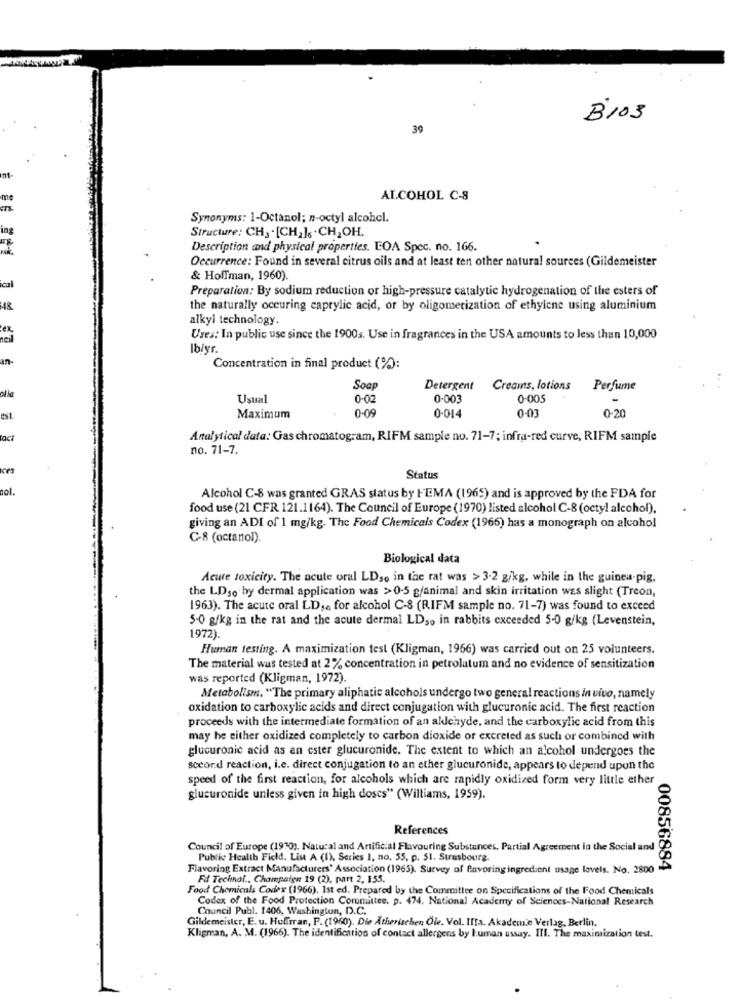
B103
39
Int-
me
ALCOHOL C-8
ITS.
Synonyms: 1-Octanol; n-octyl alcohcl.
ing
Structure: CH, . [CH,]6 .CH, OH.
Description and physical properties. EOA Spec. no. 166.
Occurrence: Found in several citrus oils and at least ten other natural sources (Gildemeister
& Hoffman, 1960).
ical
Preparation: By sodium reduction or high-pressure catalytic hydrogenation of the esters of
48
the naturally occuring caprylic acid, or by oligomerization of ethylene using aluminium
alkyl technology.
Uses: In public use since the 1900s. Use in fragrances in the USA amounts to less than 10,000
Iblyr.
an
Concentration in final product (%):
Soap
Detergent
Creams, lotions Perfume
Usual
0-02
0-003
0-005
0-09
0.01
Maximum
0-014
0-20
Analytical data: Gas chromatogram, RIFM sample no. 71-7; infra-red curve, RIFM sample
no. 71-7.
Status
col.
Alcohol C-8 was granted GRAS status by FEMA (1965) and is approved by the FDA for
food use (21 CFR 121.1164). The Council of Europe (1970) listed alcohol C-8 (octyl alcohol).
giving an ADI of 1 mg/kg. The Food Chemicals Codex (1966) has a monograph on alcohol
C-8 (octanol).
Biological data
Acute toxicity. The acute oral LD ,. in the rat was > 3.2 g/kg, while in the guinea-pig,
the LDso by dermal application was >0-5 g/animal and skin irritation was slight (Treon,
1963). The acute oral LD ,. for alcohol C-8 (RIFM sample no. 71-7) was found to exceed
5.0 g/kg in the rat and the acute dermal LDso in rabbits exceeded 5-0 g/kg (Levenstein,
1972)
Human testing. A maximization test (Kligman, 1966) was carried out on 25 volunteers.
The material was tested at 2% concentration in petrolatum and no evidence of sensitization
was reported (Kligman, 1972).
Metabolism. "The primary aliphatic alcohols undergo two general reactions in vivo, namely
oxidation to carboxylic acids and direct conjugation with glucuronic acid. The first reaction
proceeds with the intermediate formation of an aldehyde, and the carboxylic acid from this
may be either oxidized completely to carbon dioxide or excreted as such or combined with
glucuronic acid as an ester glucuronide. The extent to which an alcohol undergoes the
second reaction, i.e. direct conjugation to an ether glucuronide, appears to depend upon the
speed of the first reaction, for alcohols which are rapidly oxidized form very little ether
glucuronide unless given in high doscs" (Williams, 1959).
References
Council of Europe (1970), Natural and Artificial Flavouring Substances. Partial Agreement in the Social and
Public Health Field. Lis A (1), Series 1, no. 55, p. 51. Strasbourg
Flavoring Extract Manufacturers' Association (1965). Survey of flavoring ingredient usage levels. No. 2800
00856884
Fd Technol ., Champaign 19 (2), part 2, 155.
Food Chemicals Codex (1966). 1st ed. Prepared by the Committee on Specifications of the Food Chemicals
Codex of the Food Protection Committee. p. 474. National Academy of Sciences-National Research
Council Publ. 1406, Washington, D.C.
Gildemeister, E. u. Huffman, P. (1960). Die Ätherischen Ole. Vol. IIta. Akademie Verlag, Berlin,
Kligman, A. M. (1966). The identification of contact allergens by human assay. III. The maximization test.